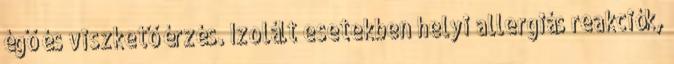
égő és viszkető érzés. Izolált esetekben helyi allergiás reakciók,